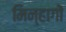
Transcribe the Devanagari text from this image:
मिन्हागों